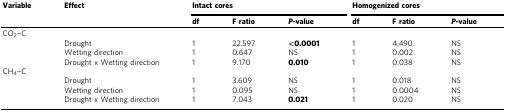
| Variable | Effect | <COLSPAN=3> Intact cores | <COLSPAN=3> Homogenized cores |
 |  |  | df | F ratio | P-value | df | F ratio | P-value |
 | --- | --- | --- | --- | --- | --- | --- | --- |
 | <COLSPAN=8> CO2−C |
 |  | Drought | 1 | 22.597 | <0.0001 | 1 | 4.490 | NS |
 |  | Wetting direction | 1 | 0.647 | NS | 1 | 0.002 | NS |
 |  | Drought x Wetting direction | 1 | 9.170 | 0.010 | 1 | 0.038 | NS |
 | <COLSPAN=8> CH4−C |
 |  | Drought | 1 | 3.609 | NS | 1 | 0.018 | NS |
 |  | Wetting direction | 1 | 0.095 | NS | 1 | 0.0004 | NS |
 |  | Drought x Wetting direction | 1 | 7.043 | 0.021 | 1 | 0.020 | NS |